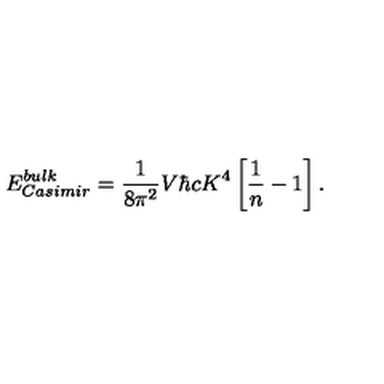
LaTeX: E _ { \small C a s i m i r } ^ { \small b u l k } = { \frac { 1 } { 8 \pi ^ { 2 } } } V \hbar c K ^ { 4 } \left[ { \frac { 1 } { n } } - 1 \right] .